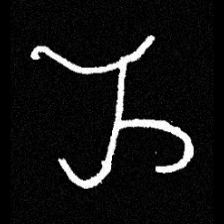
Pyu character \u2014 Myanmar letter: ည (romanized: nya)